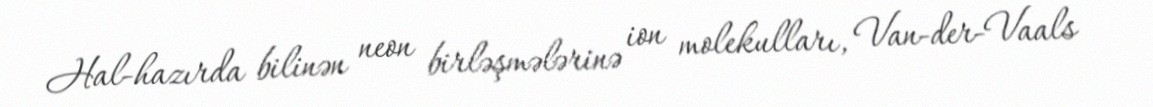
Hal-hazırda bilinən neon birləşmələrinə ion molekulları, Van-der-Vaals